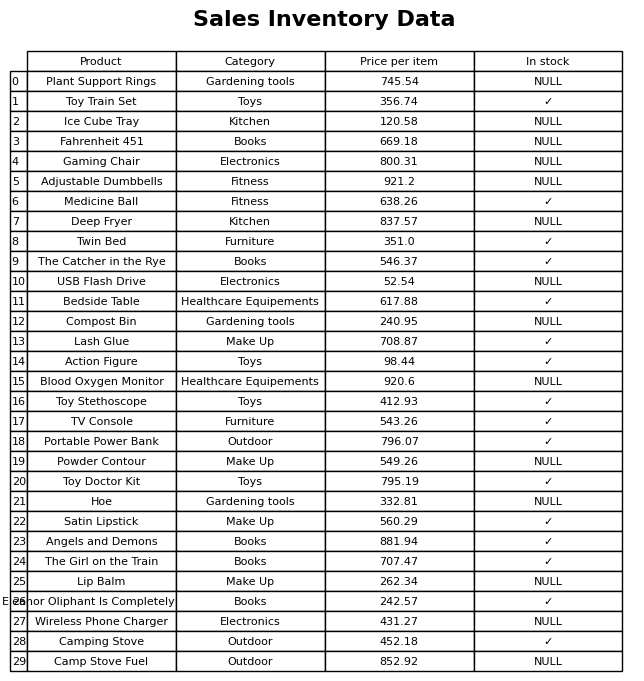
question: Which products are currently out of stock?
answer: Plant Support Rings, Ice Cube Tray, Fahrenheit 451, Gaming Chair, Adjustable Dumbbells, Deep Fryer, USB Flash Drive, Compost Bin, Blood Oxygen Monitor, Powder Contour, Hoe, Lip Balm, Wireless Phone Charger, Camp Stove Fuel